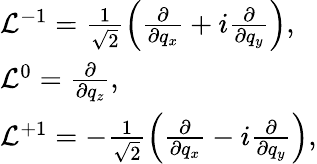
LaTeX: \begin{array}{l}{{{\cal L}^{-1}=\frac{1}{\sqrt{2}}\left(\frac{\partial}{\partial q_{x}}+i\frac{\partial}{\partial q_{y}}\right),}}\\ {{{\cal L}^{0}=\frac{\partial}{\partial q_{z}},}}\\ {{{\cal L}^{+1}=-\frac{1}{\sqrt{2}}\left(\frac{\partial}{\partial q_{x}}-i\frac{\partial}{\partial q_{y}}\right),}}\end{array}